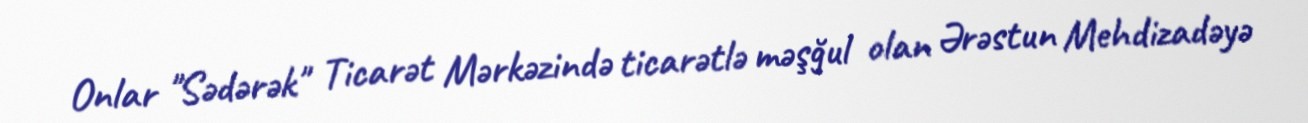
Onlar "Sədərək" Ticarət Mərkəzində ticarətlə məşğul olan Ərəstun Mehdizadəyə